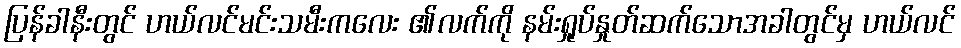
ပြန်ခါနီးတွင် ဟယ်လင်မင်းသမီးကလေး ၏လက်ကို နမ်းရှုပ်နှုတ်ဆက်သောအခါတွင်မှ ဟယ်လင်